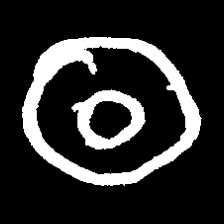
Pyu character \u2014 Myanmar letter: ထ (romanized: tha)